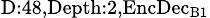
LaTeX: _{\textrm{D}:48,\textrm{Depth}:2,\textrm{EncDec}_{\textrm{B}1}}